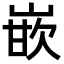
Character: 嵌